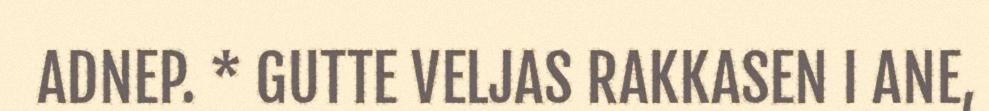
ADNEP. * GUTTE VELJAS RAKKASEN I ANE,